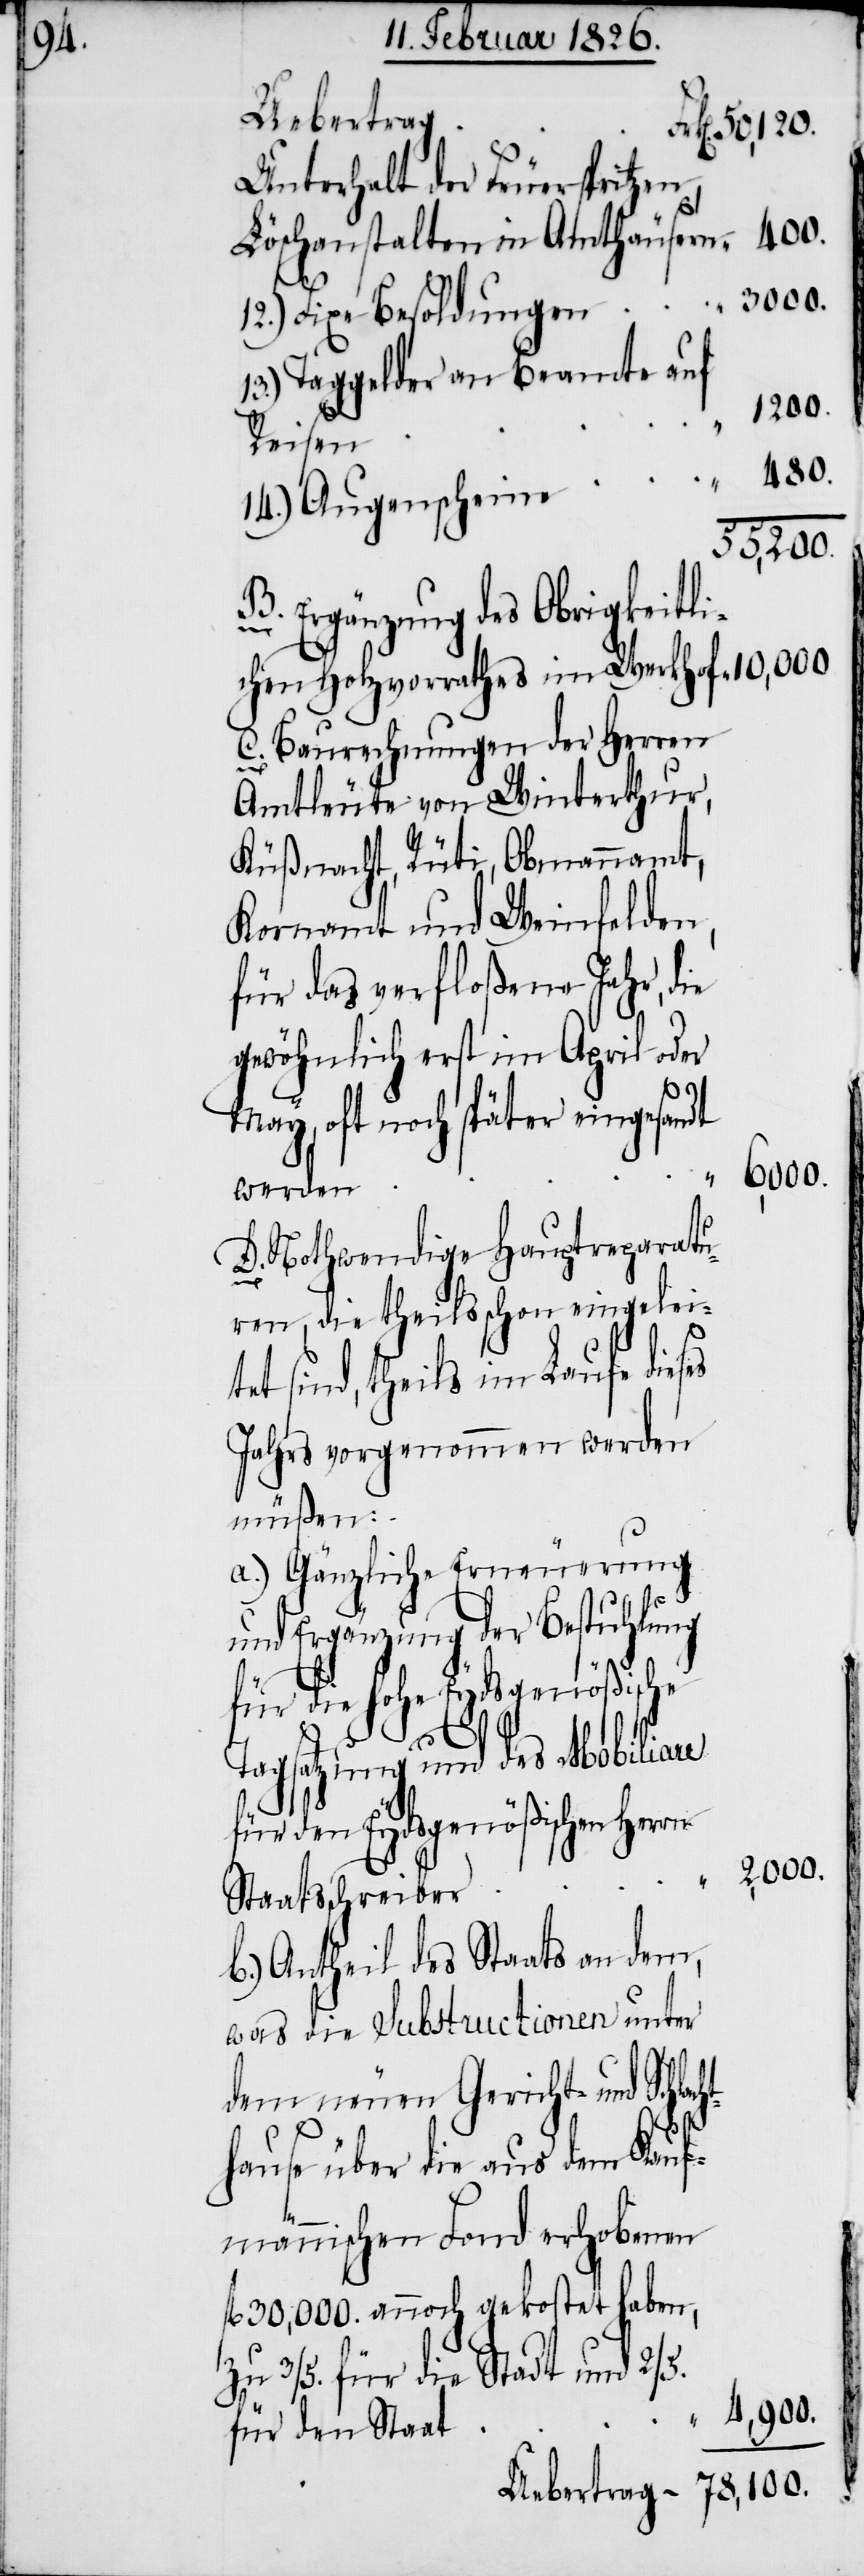
Uebertrag
nterhalt der Feuerspritzen,
Löschanstalten in Amthäusern
13.) Taggelder an Beamte auf
Reisen
14.) Augenscheine
55,200.
B. Ergänzung des Obrigkeitli¬
es
cht¬
chen Holzvorrathes im Werkhof
C. Baurechnungen der Herren
Amtleute von Winterthur,
Küßnacht, Rüti, Obmannamt,
Kornamt und Weinfelden,
für das verfloßene Jahr, die
gewöhnlich erst im April oder
May, oft noch später eingesandt
“
4,900.
werden
D. Nothwendige Hauptreparatu¬
ren, die theils schon eingeleite¬
t sind, theils im Laufe dies¬
Jahres vorgenommen werden
müßen:
a.) Gänzliche Erneuerung
und Ergänzung der Bestuhlung
[11.)]U¬
für die hohe Eydsgenößische
Tagsatzung und das Mobiliare
für den Eydsgenößischen Herrn
Staatschreiber
b.) Antheil des Staats an dem,
was die Substructionen unter
dem neuen Gericht- und Schla¬
hause über die aus dem Kauf¬
männischen Land erhobenen
fl. 30,000. annoch gekostet haben,
zu 3/5. für die Stadt und 2/5.
für den Staat